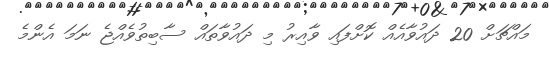
މައްޗަށް 20 ދައުވާއެއް ކޮށްފައި ވާއިރު މި ދައުވާތައް ސާބިތުވެއްޖެ ނަމަ އެންމެ